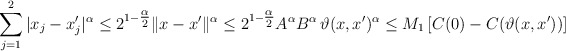
\begin{align*}\sum_{j=1}^2 | x_j - x'_j |^{\alpha} \leq 2^{1 - \tfrac{\alpha}{2}} \|x-x'\|^\alpha \leq 2^{1 - \tfrac{\alpha}{2}} A^\alpha B^\alpha \, \vartheta(x,x')^\alpha \leq M_1 \left[ C(0) - C(\vartheta(x,x')) \right]\end{align*}